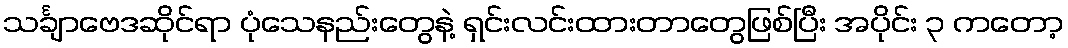
သင်္ချာဗေဒဆိုင်ရာ ပုံသေနည်းတွေနဲ့ ရှင်းလင်းထားတာတွေဖြစ်ပြီး အပိုင်း ၃ ကတော့